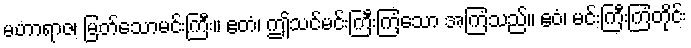
မဟာရာဇ၊ မြတ်သောမင်းကြီး။ ဧတံ၊ ဤသင်မင်းကြီးကြံသော အကြံသည်။ ဧဝံ၊ မင်းကြီးကြံတိုင်း